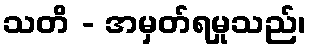
သတိ - အမှတ်ရမှုသည်၊